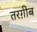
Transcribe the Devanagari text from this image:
तरग़ीब